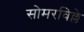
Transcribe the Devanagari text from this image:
सोमरविल्ले